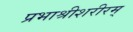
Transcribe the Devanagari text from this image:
प्रभाश्रीशरीरम्